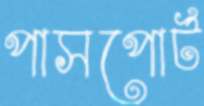
পাসপোর্ট